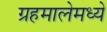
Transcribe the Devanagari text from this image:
ग्रहमालेमध्ये